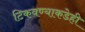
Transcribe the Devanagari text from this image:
टिकवण्याकडेही